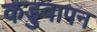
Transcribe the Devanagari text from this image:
कड़ुवापन